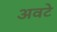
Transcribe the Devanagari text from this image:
अवटे